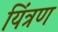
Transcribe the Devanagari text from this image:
यिंत्रण